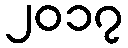
၂၀၁၇